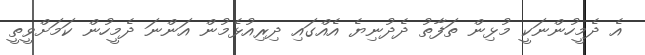
އެ ދެމީހުންނަކީ މުޅިން ތަފާތު ދެދުނިޔެ އެއްގައި ދިރިއުޅެމުން އަންނަ ދެމީހުން ކަމަށްވީތީ